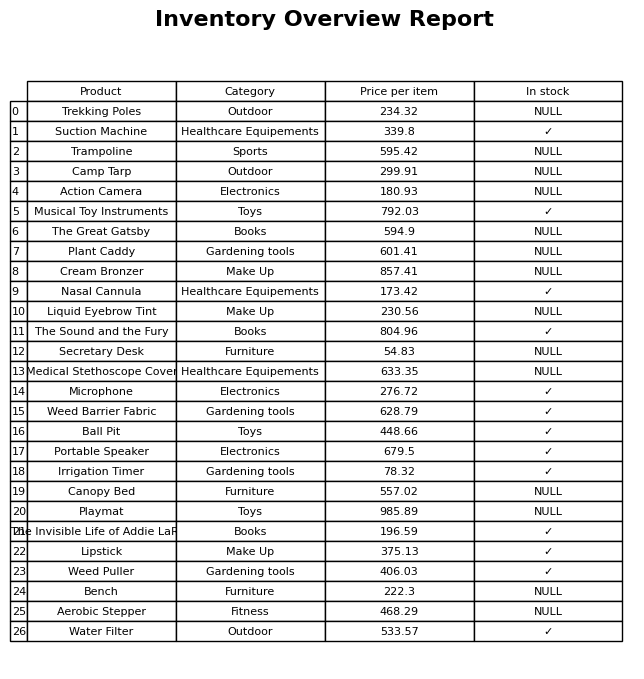
question: What is the price of the Secretary Desk?
answer: The price of Secretary Desk is 54.83.